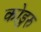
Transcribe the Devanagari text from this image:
कोडुरु